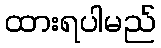
ထားရပါမည်